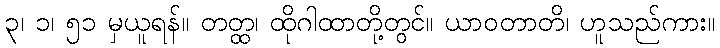
၃၊ ၁၊ ၅၁ မှယူရန်။ တတ္ထ၊ ထိုဂါထာတို့တွင်။ ယာဝတာတိ၊ ဟူသည်ကား။